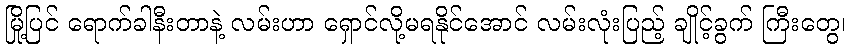
မြို့ပြင် ရောက်ခါနီးတာနဲ့ လမ်းဟာ ရှောင်လို့မရနိုင်အောင် လမ်းလုံးပြည့် ချိုင့်ခွက် ကြီးတွေ၊